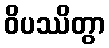
ဝိပဿိတွာ